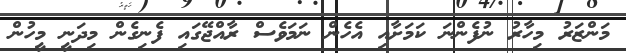
މަންޒަރު މިހާރު ނުފެންނަ ކަމަށާއި އެހެން ނަމަވެސް ރާއްޖޭގައި ފެނިގެން މިދަނީ މީހުން